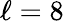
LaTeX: \ell=8